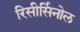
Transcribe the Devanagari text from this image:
रिसीर्सिनोल